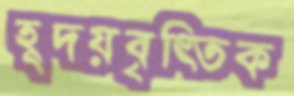
হূদয়বৃত্তিক